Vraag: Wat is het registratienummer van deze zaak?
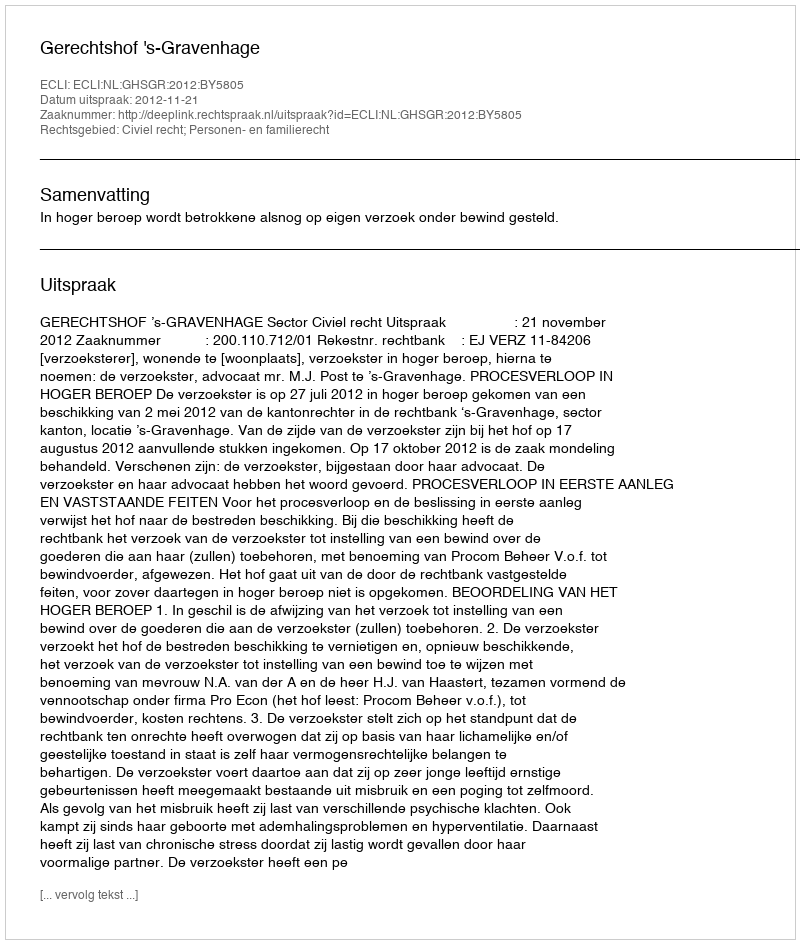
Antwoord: http://deeplink.rechtspraak.nl/uitspraak?id=ECLI:NL:GHSGR:2012:BY5805